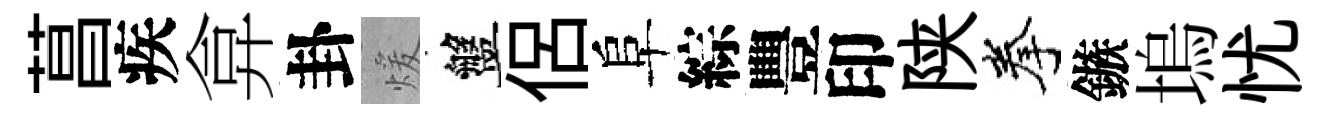
菖疾弇卦煖盤侶阜綜豐印陕拳鏃塢忧